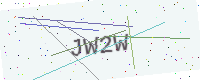
Text: JW2W